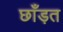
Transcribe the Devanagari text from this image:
छाँड़त